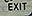
exit